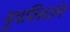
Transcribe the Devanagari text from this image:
मूत्रविसर्जन